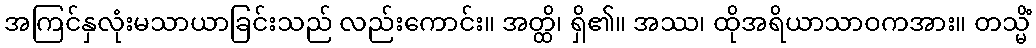
အကြင်နှလုံးမသာယာခြင်းသည် လည်းကောင်း။ အတ္ထိ၊ ရှိ၏။ အဿ၊ ထိုအရိယာသာဝကအား။ တသ္မိံ